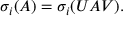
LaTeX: \sigma _ { i } ( A ) = \sigma _ { i } ( U A V ) .